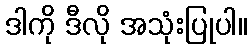
ဒါကို ဒီလို အသုံးပြုပါ။